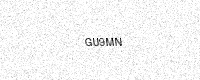
Text: GU9MN